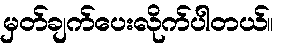
မှတ်ချက်ပေးလိုက်ပါတယ်။